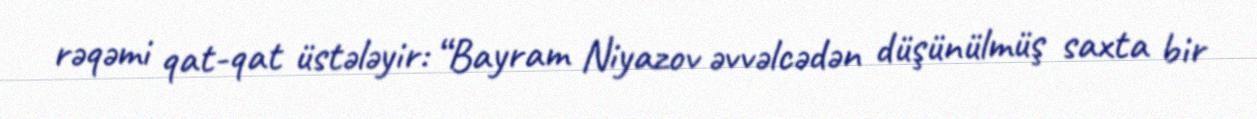
rəqəmi qat-qat üstələyir: “Bayram Niyazov əvvəlcədən düşünülmüş saxta bir